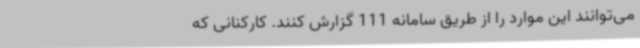
می‌توانند این موارد را از طریق سامانه 111 گزارش کنند. کارکنانی که